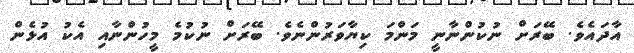
އާދައެވެ. ބޭރަށް ނުކުންނާނީ މަންމަ ކިޔާވަރުންނެވެ. ބޭރަށް ނުކުމެ މީހުންނާއި އެކު އުޅެން